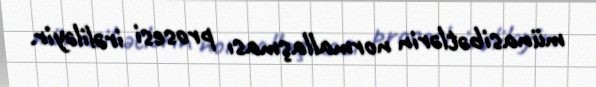
münasibətlərin normallaşması prosesi irəliləyir.